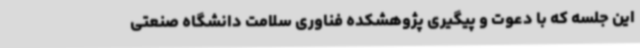
این جلسه که با دعوت و پیگیری پژوهشکده فناوری سلامت دانشگاه صنعتی